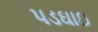
પડઘાઇ